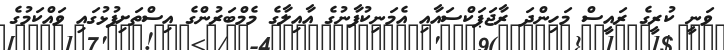
ވަނީ ކުރީގެ ރައީސް މަހިންދަ ރާޖަޕަކްސައާއި އެމަނިކުފާނުގެ އާއިލާގެ މެމްބަރުންގެ އިސްތަށިފުޅުގައި ވައްކަމުގެ